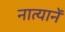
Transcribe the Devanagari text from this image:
नात्यानें